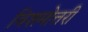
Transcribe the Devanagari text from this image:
विशमोत्तरी